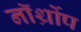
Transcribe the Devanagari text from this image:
नॉर्थ्रोप